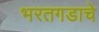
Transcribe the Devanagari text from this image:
भरतगडाचे